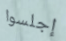
إجلسوا